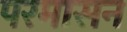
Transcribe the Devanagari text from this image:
परमासन